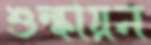
শুল্কায়ন